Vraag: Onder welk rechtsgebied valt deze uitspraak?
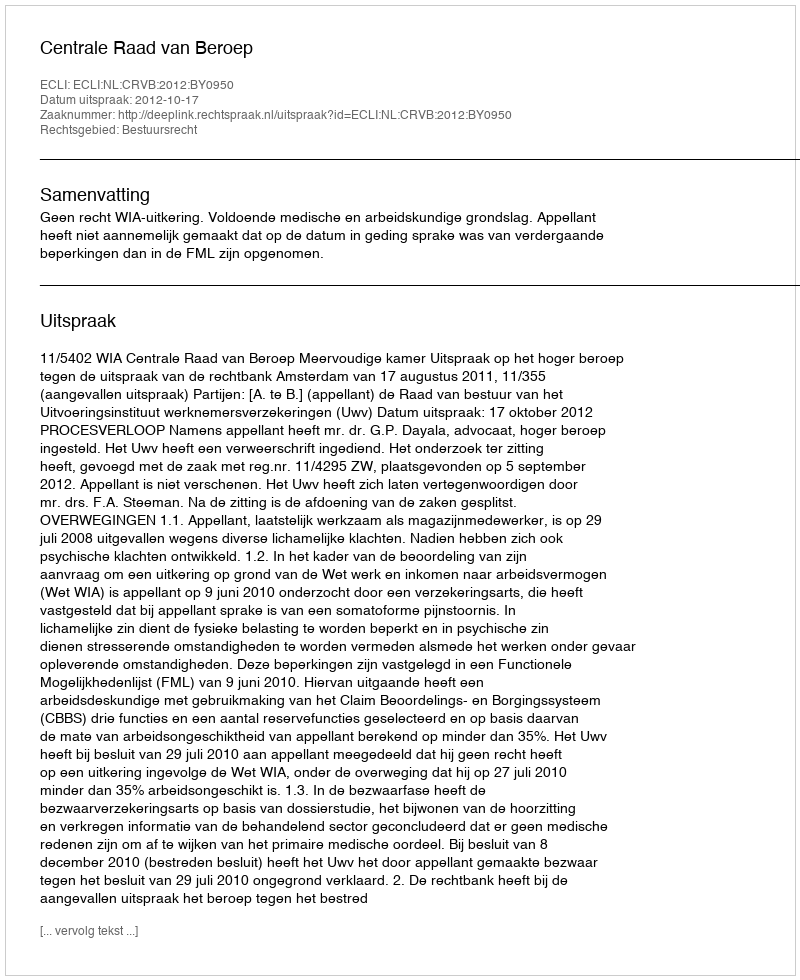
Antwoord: Bestuursrecht